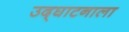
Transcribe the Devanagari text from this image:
उद्‌घाटनाला